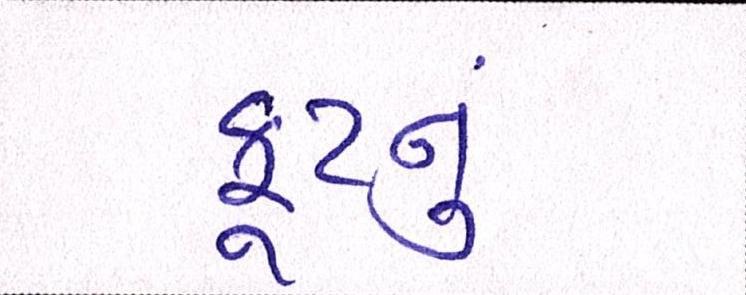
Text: ફૂટનું